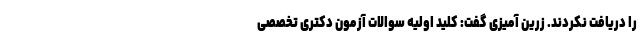
را دریافت نکردند. زرین آمیزی گفت: کلید اولیه سوالات آزمون دکتری تخصصی